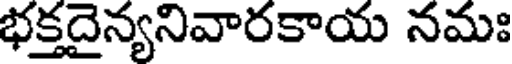
భక్తదైన్యనివారకాయ నమః